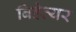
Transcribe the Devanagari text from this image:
बिहेव्यर